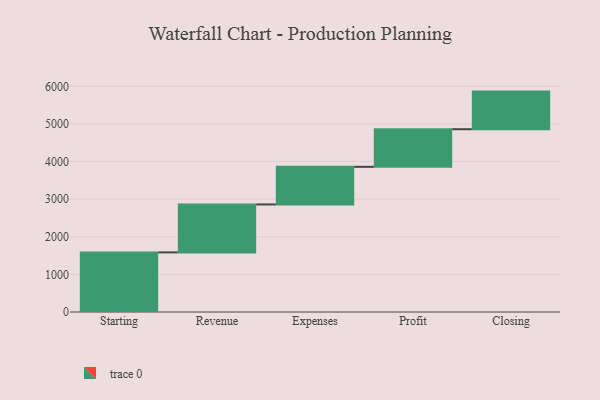
{"axis": {"x": "Step", "y": "Value"}, "legend": [""], "data": [{"x": "Starting", "y": 1585.0, "type": ""}, {"x": "Revenue", "y": 1274.0, "type": ""}, {"x": "Expenses", "y": 1000, "type": ""}, {"x": "Profit", "y": 1000, "type": ""}, {"x": "Closing", "y": 1000, "type": ""}]}